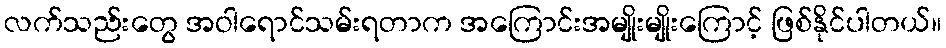
လက်သည်းတွေ အဝါရောင်သမ်းရတာက အကြောင်းအမျိုးမျိုးကြောင့် ဖြစ်နိုင်ပါတယ်။